Leprosy in India: report of the Leprosy Commission in India, 1890-91
Year: 1890
Disease focus: Leprosy
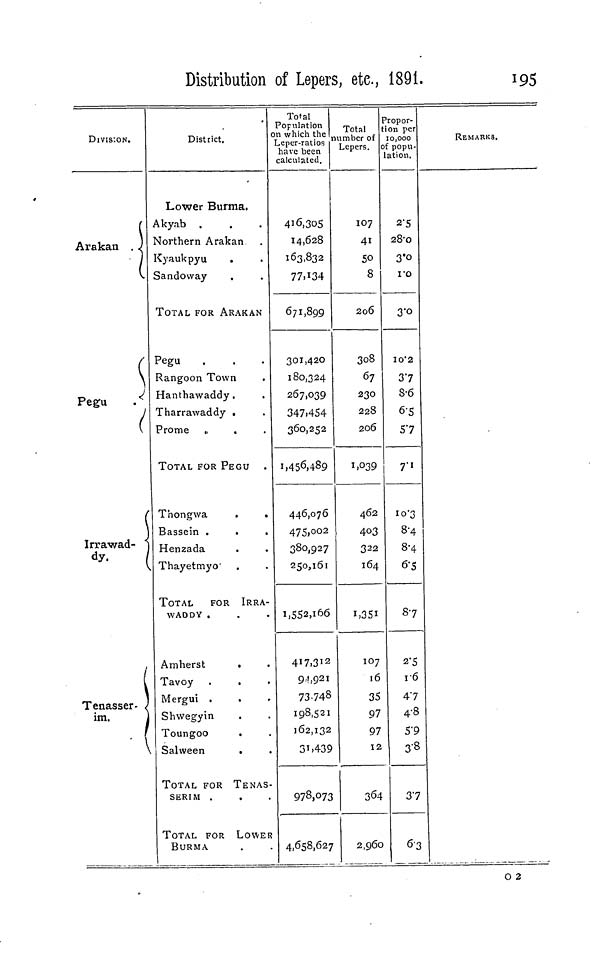
Distribution of Lepers, etc, 1891.
195
DIVIS:ON.
(
Arakan . J
{
(
\
Pegu
.
(
1
Irrawad- "*
dy.
J
y
*
{
Tenasser- .
im.
District.
Lower Burma.
Akyab .
Northern Arakan
Kyaukpyu
.
Sandoway
TOTAL FOR ARAKAN
Pegu
Rangoon Town
Hanthawaddy.
Tharrawaddy .
Prome „
TOTAL FOR PEGU
Thongwa
.
.
Bassein .
Henzada
Thayetmyo
TOTAL
FOR IRRA-
WADDY .
Amherst
Tavoy
Mergui .
Shwegyin
.
Toungoo
.
Salween
.
TOTAL FOR TENAS-
SERIM .
TOTAL FOR LOWER
BURMA
Total
Population
on which the
Leper-ratios
have been
calculated.
416,305
14,628
163,832
77.134
671,899
301,420
180,324
267,039
347.454
360,252
1,456,489
446,076
475,002
380,927
250,161
i)552,166
417,312
9.1,921
73,748
198,521
162,132
3^.439
978,073
4,658,627
Total
number of
Lepers.
IO7
41
5O
8
2o6
308
67
23O
228
206
1.039
462
403
322
164
107
16
35
97
97
12
364
2,960
3 ropor-
on per
10,000
'popu-
ation.
2'5
28-0
3«o
ro
3-0
10*2
37
8-6
6-5
57
7"'
10-3
8-4
8-4
6-5
87
2'5
16
47
4-8
5'9
3-8
37
6-3
REMARKS.
O 2